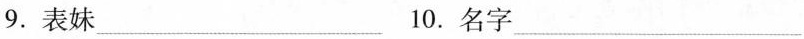
9. 表妹___ 10. 名字___